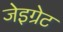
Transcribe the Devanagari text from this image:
जेइग्रेट